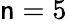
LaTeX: \mathsf{n}=5